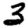
Digit: 3